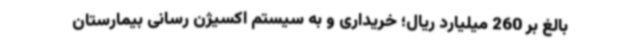
بالغ بر 260 میلیارد ریال؛ خریداری و به سیستم اکسیژن رسانی بیمارستان